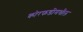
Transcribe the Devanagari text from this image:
कोरफडीमधील